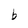
Character: b